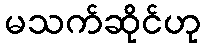
မသက်ဆိုင်ဟု